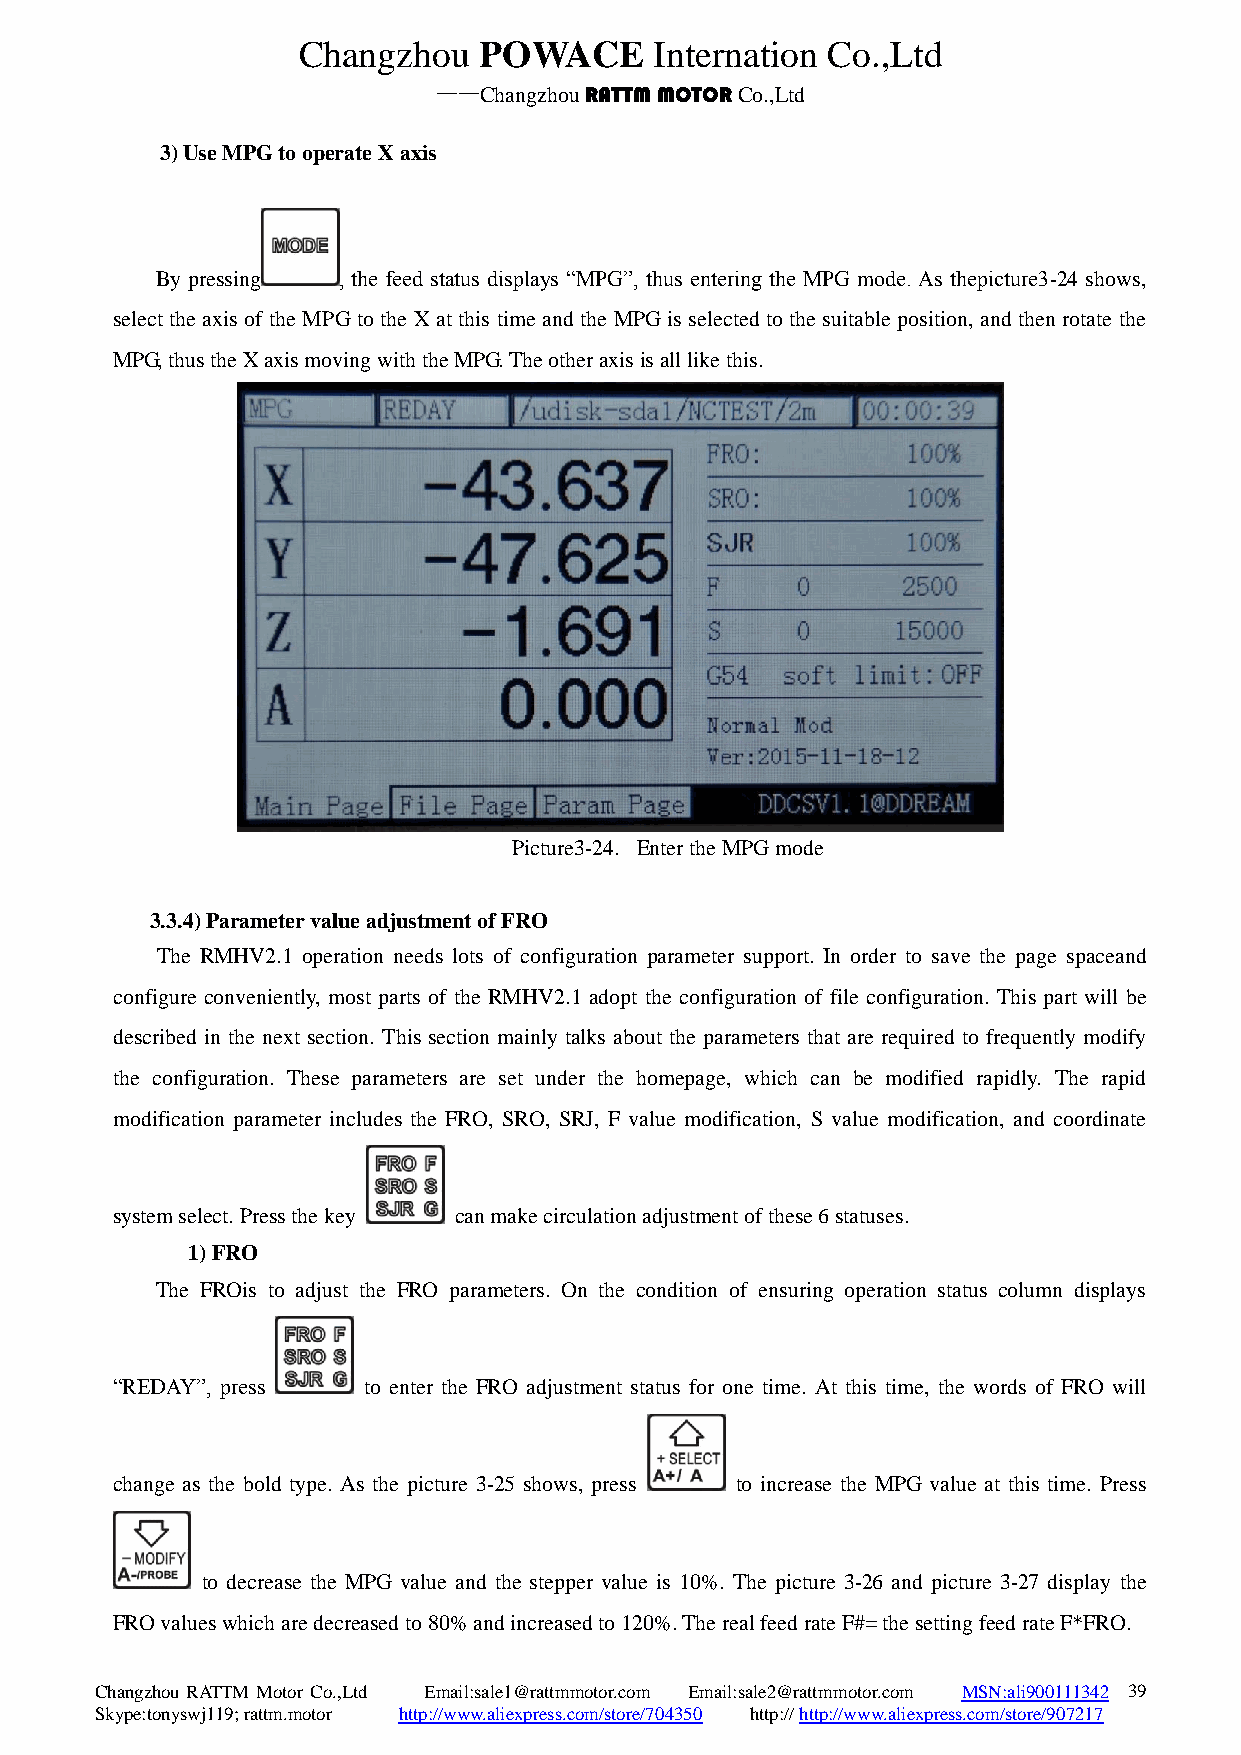
Changzhou   POWACE     Internation Co.,Ltd
 ——Changzhou RATTM MOTOR Co.,Ltd
 3) Use MPG to operate X axis
 By pressing , the feed status displays “MPG”, thus entering the MPG mode. As thepicture3-24 shows,
 select the axis of the MPG to the X at this time and the MPG is selected to the suitable position, and then rotate the
 MPG, thus the X axis moving with the MPG. The other axis is all like this.
 Picture3-24. Enter the MPG mode
 3.3.4) Parameter value adjustment of FRO
 The RMHV2.1 operation needs lots of configuration parameter support. In order to save the page spaceand
 configure conveniently, most parts of the RMHV2.1 adopt the configuration of file configuration. This part will be
 described in the next section. This section mainly talks about the parameters that are required to frequently modify
 the configuration. These parameters are set under the homepage, which can be modified rapidly. The rapid
 modification parameter includes the FRO, SRO, SRJ, F value modification, S value modification, and coordinate
 system select. Press the key can make circulation adjustment of these 6 statuses.
 1) FRO
 The FROis to adjust the FRO parameters. On the condition of ensuring operation status column displays
 “REDAY”, press   to enter the FRO adjustment status for one time. At this time, the words of FRO will
 change as the bold type. As the picture 3-25 shows, press to increase the MPG value at this time. Press
 to decrease the MPG value and the stepper value is 10%. The picture 3-26 and picture 3-27 display the
 FRO values which are decreased to 80% and increased to 120%. The real feed rate F#= the setting feed rate F*FRO.
 Changzhou RATTM Motor Co.,Ltd Email:sale1@rattmmotor.com Email:sale2@rattmmotor.com MSN:ali900111342 3 9
 Skype:tonyswj119; rattm.motor http://www.aliexpress.com/store/704350 http:// http://www.aliexpress.com/store/907217